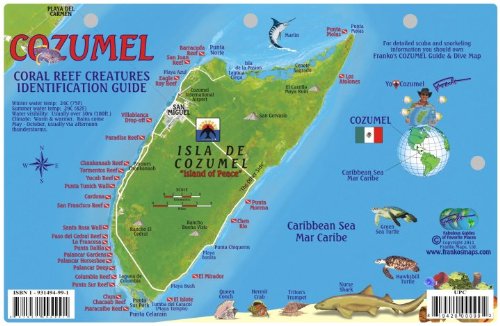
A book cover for Cozumel Dive Map & Reef Creatures Guide Franko Maps Laminated Fish Card; Franko Maps Ltd.; Travel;